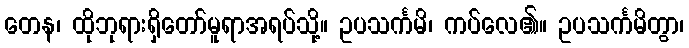
တေန၊ ထိုဘုရားရှိတော်မူရာအရပ်သို့။ ဥပသင်္ကမိ၊ ကပ်လေ၏။ ဥပသင်္ကမိတွာ၊